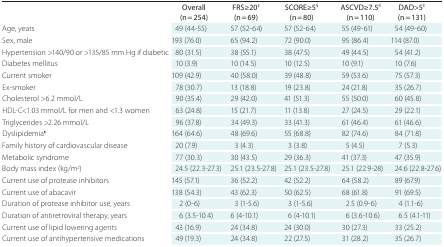
<table><thead><tr><td></td><td><b>Overall (n = 254)</b></td><td><b>FRS≥20<sup>‡</sup> (n = 69)</b></td><td><b>SCORE≥5<sup>§</sup> (n = 80)</b></td><td><b>ASCVD≥7.5<sup>║</sup> (n = 110)</b></td><td><b>DAD&gt;5<sup>‡</sup> (n = 131)</b></td></tr></thead><tbody><tr><td>Age, years</td><td>49 (44-55)</td><td>57 (52-64)</td><td>57 (52-64)</td><td>55 (49-61)</td><td>54 (49-60)</td></tr><tr><td>Sex, male</td><td>193 (76.0)</td><td>65 (94.2)</td><td>72 (90.0)</td><td>95 (86.4)</td><td>114 (87.0)</td></tr><tr><td>Hypertension &gt;140/90 or &gt;135/85 mm Hg if diabetic</td><td>80 (31.5)</td><td>38 (55.1)</td><td>38 (47.5)</td><td>49 (44.5)</td><td>54 (41.2)</td></tr><tr><td>Diabetes mellitus</td><td>10 (3.9)</td><td>10 (14.5)</td><td>10 (12.5)</td><td>10 (9.1)</td><td>10 (7.6)</td></tr><tr><td>Current smoker</td><td>109 (42.9)</td><td>40 (58.0)</td><td>39 (48.8)</td><td>59 (53.6)</td><td>75 (57.3)</td></tr><tr><td>Ex-smoker</td><td>78 (30.7)</td><td>13 (18.8)</td><td>19 (23.8)</td><td>24 (21.8)</td><td>35 (26.7)</td></tr><tr><td>Cholesterol &gt;6.2 mmol/L</td><td>90 (35.4)</td><td>29 (42.0)</td><td>41 (51.3)</td><td>55 (50.0)</td><td>60 (45.8)</td></tr><tr><td>HDL-C&lt;1.03 mmol/L for men and &lt;1.3 women</td><td>63 (24.8)</td><td>15 (21.7)</td><td>11 (13.8)</td><td>27 (24.5)</td><td>29 (22.1)</td></tr><tr><td>Triglycerides &gt;2.26 mmol/L</td><td>96 (37.8)</td><td>34 (49.3)</td><td>33 (41.3)</td><td>61 (46.4)</td><td>61 (46.6)</td></tr><tr><td>Dyslipidemia<sup>¶</sup></td><td>164 (64.6)</td><td>48 (69.6)</td><td>55 (68.8)</td><td>82 (74.6)</td><td>84 (71.8)</td></tr><tr><td>Family history of cardiovascular disease</td><td>20 (7.9)</td><td>3 (4.3)</td><td>3 (3.8)</td><td>5 (4.5)</td><td>7 (5.3)</td></tr><tr><td>Metabolic syndrome</td><td>77 (30.3)</td><td>30 (43.5)</td><td>29 (36.3)</td><td>41 (37.3)</td><td>47 (35.9)</td></tr><tr><td>Body mass index (kg/m<sup>2</sup>)</td><td>24.5 (22.3-27.3)</td><td>25.1 (23.5-27.8)</td><td>25.1 (23.5-27.8)</td><td>25.1 (22.9-28)</td><td>24.6 (22.8-27.6)</td></tr><tr><td>Current use of protease inhibitors</td><td>145 (57.1)</td><td>36 (52.2)</td><td>42 (52.2)</td><td>64 (58.2)</td><td>89 (67.9)</td></tr><tr><td>Current use of abacavir</td><td>138 (54.3)</td><td>43 (62.3)</td><td>50 (62.5)</td><td>68 (61.8)</td><td>91 (69.5)</td></tr><tr><td>Duration of protease inhibitor use, years</td><td>2 (0-6)</td><td>3 (1-5.6)</td><td>3 (1-5.6)</td><td>2.5 (0.9-6)</td><td>4 (1.1-6)</td></tr><tr><td>Duration of antiretroviral therapy, years</td><td>6 (3.5-10.4)</td><td>6 (4-10.1)</td><td>6 (4-10.1)</td><td>6 (3.6-10.6)</td><td>6.5 (4.1-11)</td></tr><tr><td>Current use of lipid lowering agents</td><td>43 (16.9)</td><td>24 (34.8)</td><td>24 (30.0)</td><td>30 (27.3)</td><td>33 (25.2)</td></tr><tr><td>Current use of antihypertensive medications</td><td>49 (19.3)</td><td>24 (34.8)</td><td>22 (27.5)</td><td>31 (28.2)</td><td>35 (26.7)</td></tr></tbody></table>